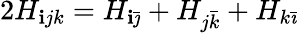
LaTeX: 2H_{\mathbf{i}jk}=H_{\mathbf{i}\bar{{\jmath}}}+H_{j\bar{{k}}}+H_{k\bar{{\imath}}}